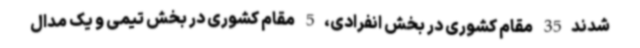
شدند35 مقام کشوری در بخش انفرادی،5 مقام کشوری در بخش تیمی و یک مدال